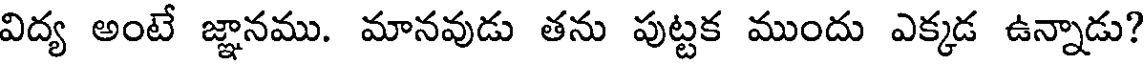
విద్య అంటే జ్ఞానము. మానవుడు తను పుట్టక ముందు ఎక్కడ ఉన్నాడు?